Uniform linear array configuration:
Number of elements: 24
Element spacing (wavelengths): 0.75
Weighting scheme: kaiser
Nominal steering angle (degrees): -30
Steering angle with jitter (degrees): -31.376
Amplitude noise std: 0.05
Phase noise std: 0.05

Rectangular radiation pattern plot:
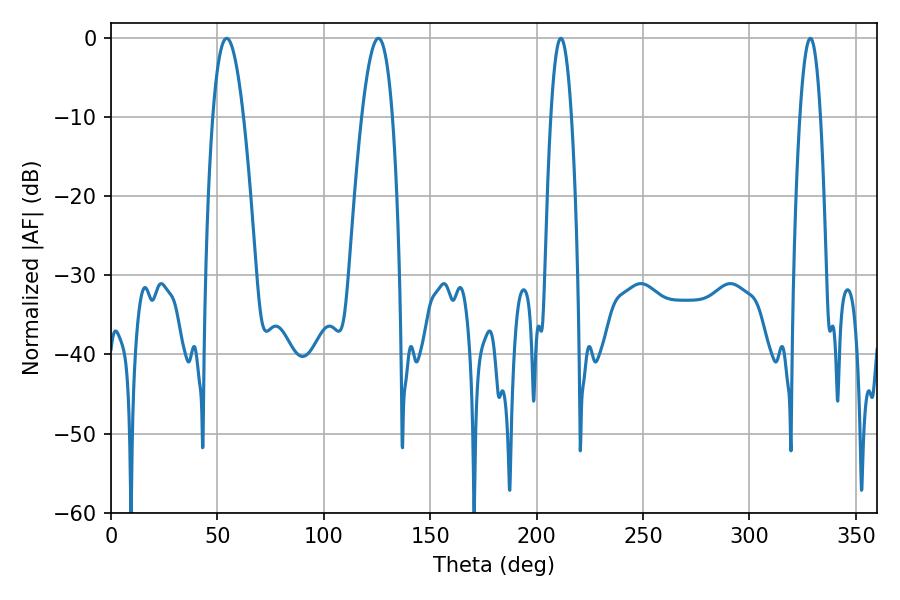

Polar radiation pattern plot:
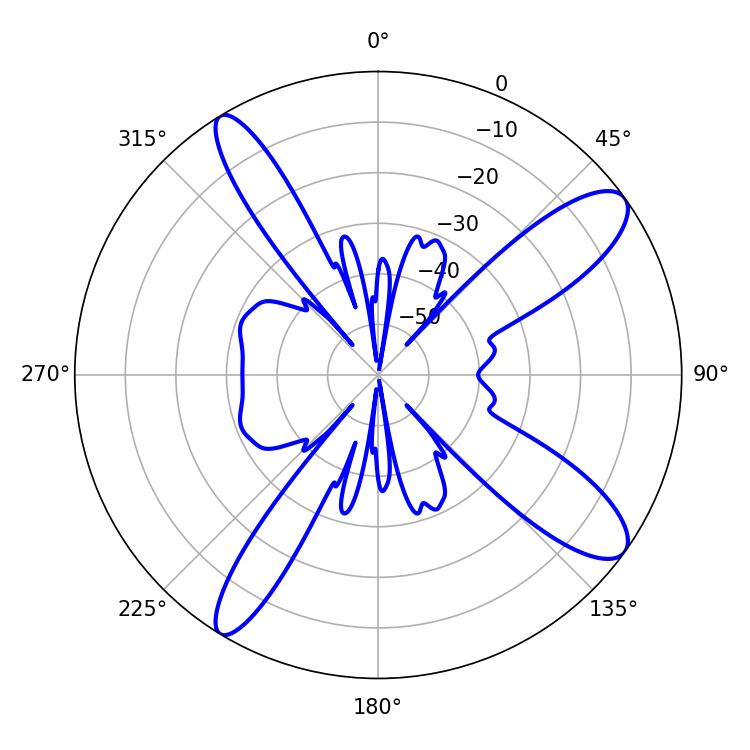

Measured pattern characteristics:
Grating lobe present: TRUE
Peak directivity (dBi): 11.625
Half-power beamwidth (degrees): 7.92
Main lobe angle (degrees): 54.36